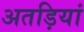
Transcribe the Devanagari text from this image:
अतड़ियां